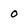
Character: 0